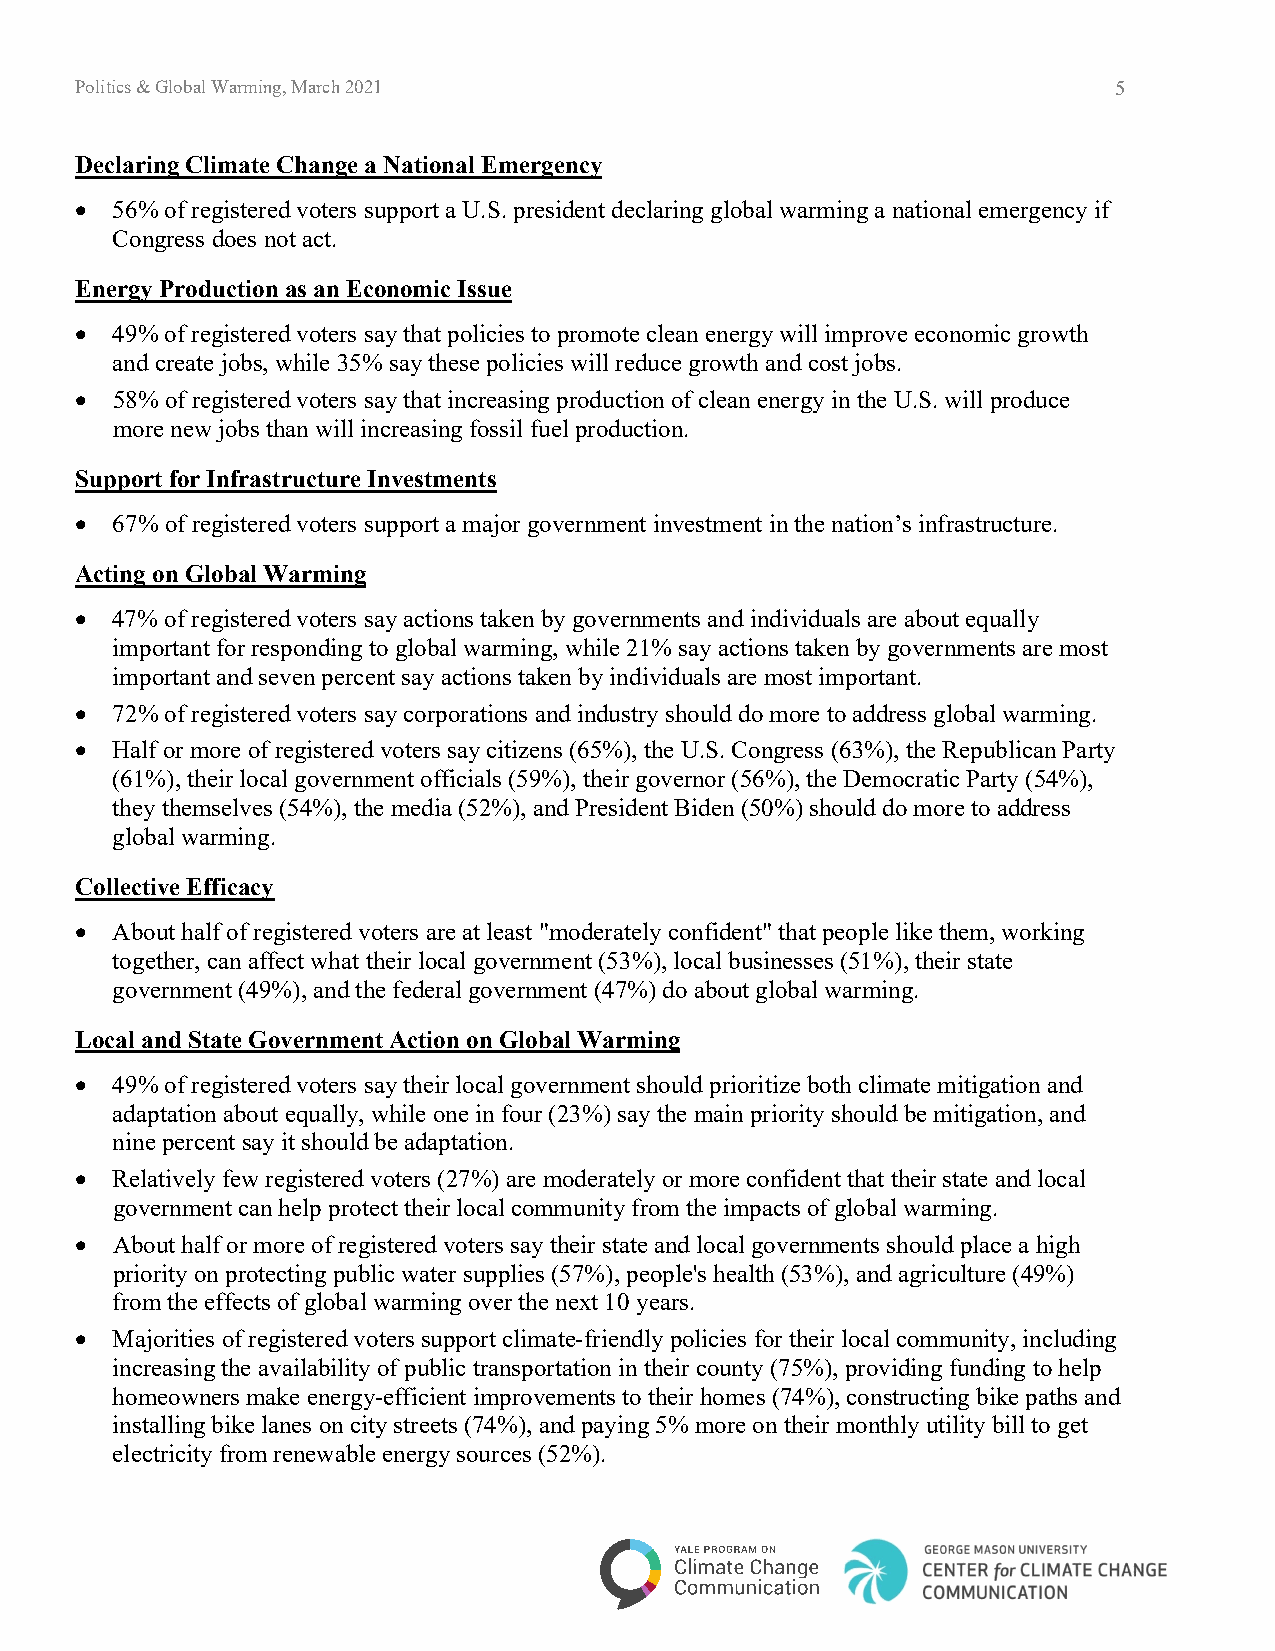
Politics & Global Warming, March 2021                                5
 Declaring Climate Change a National Emergency
 • 56% of registered voters support a U.S. president declaring global warming a national emergency if
 Congress does not act.
 Energy Production as an Economic Issue
 • 49% of registered voters say that policies to promote clean energy will improve economic growth
 and create jobs, while 35% say these policies will reduce growth and cost jobs.
 • 58% of registered voters say that increasing production of clean energy in the U.S. will produce
 more new jobs than will increasing fossil fuel production.
 Support for Infrastructure Investments
 • 67% of registered voters support a major government investment in the nation’s infrastructure.
 Acting on Global Warming
 • 47% of registered voters say actions taken by governments and individuals are about equally
 important for responding to global warming, while 21% say actions taken by governments are most
 important and seven percent say actions taken by individuals are most important.
 • 72% of registered voters say corporations and industry should do more to address global warming.
 • Half or more of registered voters say citizens (65%), the U.S. Congress (63%), the Republican Party
 (61%), their local government officials (59%), their governor (56%), the Democratic Party (54%),
 they themselves (54%), the media (52%), and President Biden (50%) should do more to address
 global warming.
 Collective Efficacy
 • About half of registered voters are at least "moderately confident" that people like them, working
 together, can affect what their local government (53%), local businesses (51%), their state
 government (49%), and the federal government (47%) do about global warming.
 Local and State Government Action on Global Warming
 • 49% of registered voters say their local government should prioritize both climate mitigation and
 adaptation about equally, while one in four (23%) say the main priority should be mitigation, and
 nine percent say it should be adaptation.
 • Relatively few registered voters (27%) are moderately or more confident that their state and local
 government can help protect their local community from the impacts of global warming.
 • About half or more of registered voters say their state and local governments should place a high
 priority on protecting public water supplies (57%), people's health (53%), and agriculture (49%)
 from the effects of global warming over the next 10 years.
 • Majorities of registered voters support climate-friendly policies for their local community, including
 increasing the availability of public transportation in their county (75%), providing funding to help
 homeowners make energy-efficient improvements to their homes (74%), constructing bike paths and
 installing bike lanes on city streets (74%), and paying 5% more on their monthly utility bill to get
 electricity from renewable energy sources (52%).